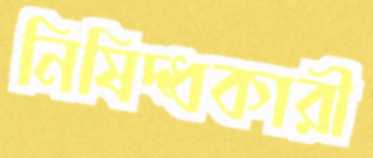
নিষিদ্ধকারী